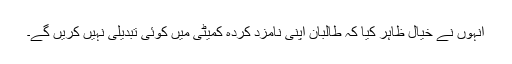
انہوں نے خیال ظاہر کیا کہ طالبان اپنی نامزد کردہ کمیٹی میں کوئی تبدیلی نہیں کریں گے۔